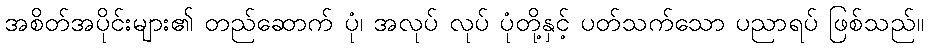
အစိတ်အပိုင်းများ၏ တည်ဆောက် ပုံ၊ အလုပ် လုပ် ပုံတို့နှင့် ပတ်သက်သော ပညာရပ် ဖြစ်သည်။